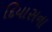
દિયાસના